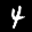
Label: 4